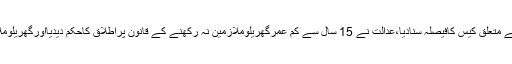
میڈیا رپورٹس کے مطابق لاہور ہائیکورٹ نے گھریلو ملازمین سے متعلق کیس کافیصلہ سنادیا،عدالت نے 15 سال سے کم عمرگھریلوملازمین نہ رکھنے کے قانون پراطلاق کاحکم دیدیااورگھریلوملازمین کے تحفظ کیلئے خصوصی عدالتیں بنانے کا حکم بھی دیدیا۔